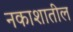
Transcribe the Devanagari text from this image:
नकाशातील